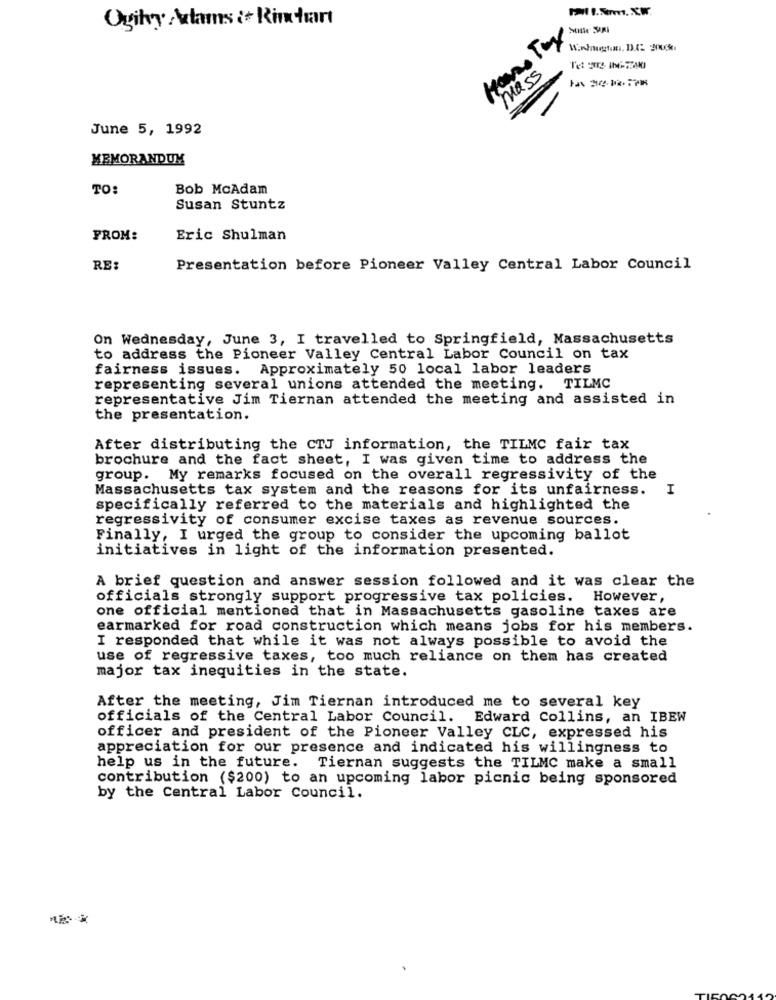
Ogilvy Aztams i+ Rinehart
mass
June 5, 1992
MEMORANDUM
TO:
Bob McAdam
Susan Stuntz
FROM:
Eric Shulman
RE:
Presentation before Pioneer Valley Central Labor Council
On Wednesday, June 3, I travelled to Springfield, Massachusetts
to address the Pioneer Valley Central Labor Council on tax
fairness issues. Approximately 50 local labor leaders
representing several unions attended the meeting. TILMC
representative Jim Tiernan attended the meeting and assisted in
the presentation.
After distributing the CTJ information, the TILMC fair tax
brochure and the fact sheet, I was given time to address the
group. My remarks focused on the overall regressivity of the
Massachusetts tax system and the reasons for its unfairness.
I
specifically referred to the materials and highlighted the
regressivity of consumer excise taxes as revenue sources.
Finally, I urged the group to consider the upcoming ballot
initiatives in light of the information presented.
A brief question and answer session followed and it was clear the
officials strongly support progressive tax policies.
However,
one official mentioned that in Massachusetts gasoline taxes are
earmarked for road construction which means jobs for his members.
I responded that while it was not always possible to avoid the
use of regressive taxes, too much reliance on them has created
major tax inequities in the state.
After the meeting, Jim Tiernan introduced me to several key
officials of the Central Labor Council.
Edward Collins, an IBEW
officer and president of the Pioneer Valley CLC, expressed his
appreciation for our presence and indicated his willingness to
help us in the future. Tiernan suggests the TILMC make a small
contribution ($200) to an upcoming labor picnic being sponsored
by the Central Labor Council.